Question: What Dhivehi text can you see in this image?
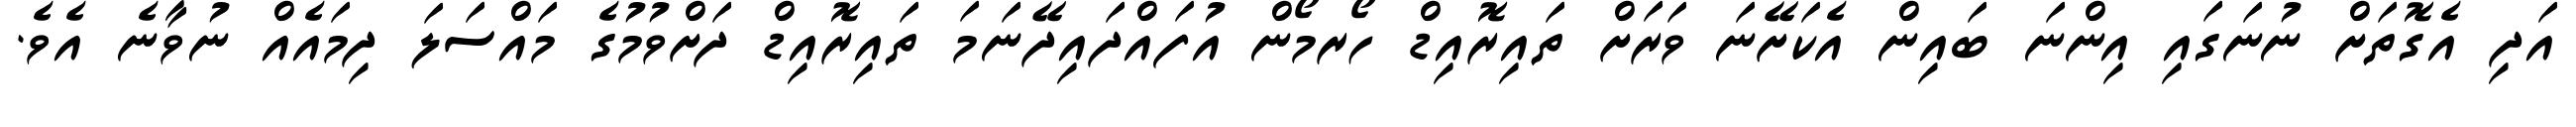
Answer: އަދި އެގޮތަށް ނުނަގައި އިންނަ ބައިން އެކަށޭނަ ވަރަށް ތައިރޮއިޑް ހޯރމޯން އުފައްދައިދޭނަމަ ތައިރޮއިޑް ދަށްވުމުގެ މައްސަލަ ދިމައެއް ނުވާނެ އެވެ.